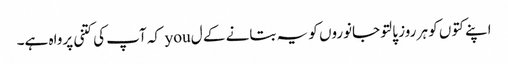
اپنے کتوں کو ہر روز پالتو جانوروں کو یہ بتانے کے ل you کہ آپ کی کتنی پرواہ ہے۔